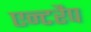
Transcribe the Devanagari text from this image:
एन्टरैप